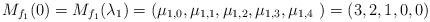
LaTeX: \begin{align*}M_{f_1}(0) = M_{f_1}(\lambda_1) = ( \mu_{1,0 } , \mu_{1, 1} , \mu_{1, 2} , \mu_{1,3 } , \mu_{1,4 }\ ) = ( 3,2,1,0,0)\end{align*}